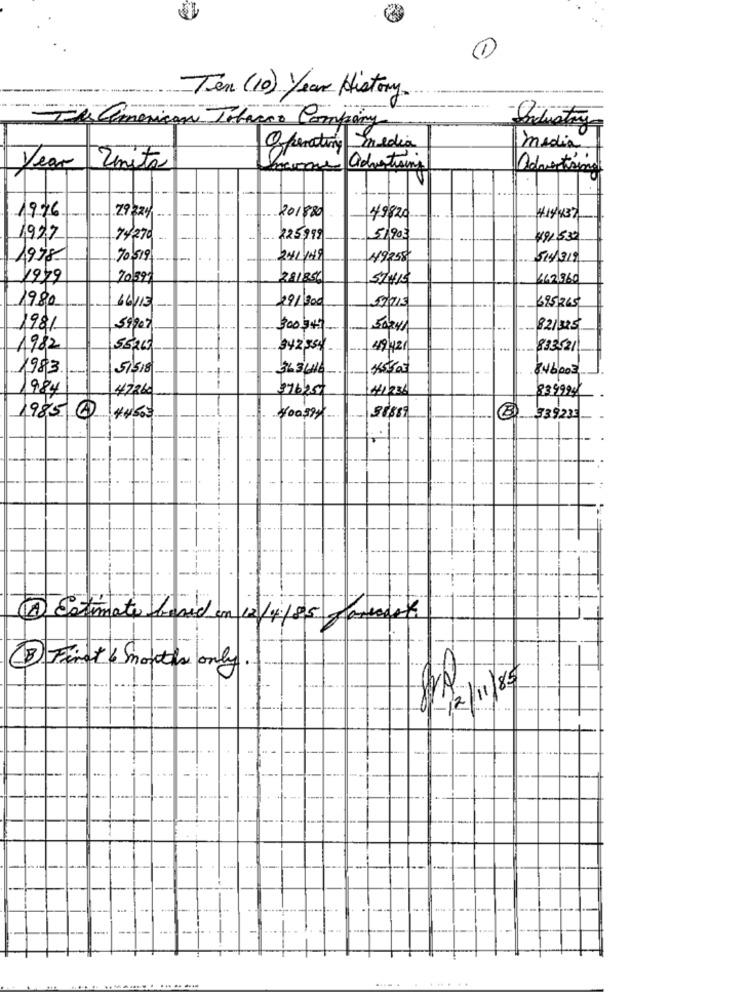
1
Ten (10) Year History.
--
The american Tobacco Company
-Industry
Operating Imedia
media
Year
Unita
advertising
Advertiopen
1976
29224
201880
49820
#14437
1927
74270
225999
51.903
491530
1978
70519
-
241149
49258
5141319
1979
70397
281856
662 360
1980
16/15
57/715
695 265
29/300
1981
59907
$00 3 45
50241
821325
1982
55200
$42,54
49/421
833.521
1983.
51518
363416
8.46003
984
47260
376257
41236
$39994
985 4
4 4503
400.994 -
8 339225
A Estimate farid
en 12/4/85 Jamais.
(3 First 6 months only
---
..... .....